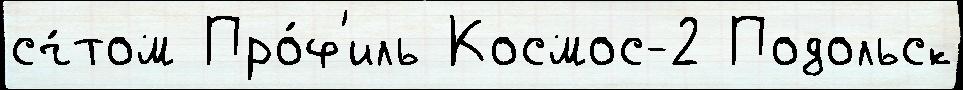
сч́том Про́ф'иль Космос-2 Подольск